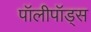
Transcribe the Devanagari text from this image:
पॉलीपॉड्स